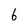
Character: 6